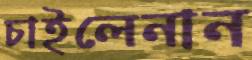
চাইলেনান